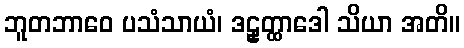
ဘူတဘာဝေ ပသံသာယံ၊ ဒဠှတ္ထာဒေါ သိယာ အတိ။